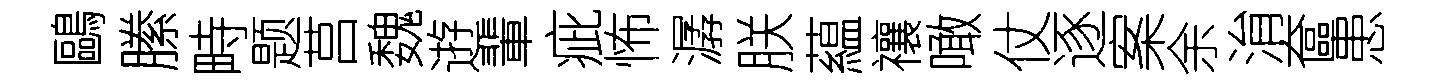
鷗縢畤题莒魏逰輩疵怖潺朕藴禳噉仗逐案余㳙奩患